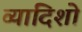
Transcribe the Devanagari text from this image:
व्यादिशो